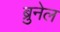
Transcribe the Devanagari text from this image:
ब्रुनेल